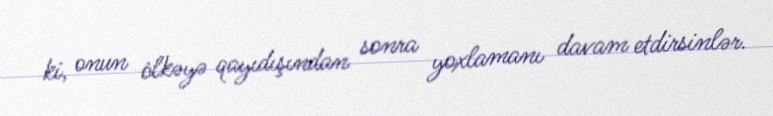
ki, onun ölkəyə qayıdışından sonra yoxlamanı davam etdirsinlər.